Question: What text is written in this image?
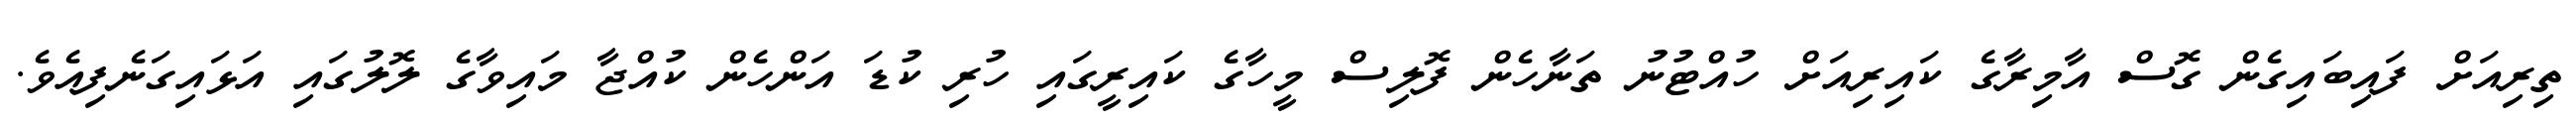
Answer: ތިރިއަށް ފައިބައިގެން ގޮސް އާމިރާގެ ކައިރިއަށް ހުއްޓުނު ތަނާހެން ފޮލިސް މީހާގެ ކައިރީގައި ހުރި ކުޑަ އަންހެން ކުއްޖާ މައިވާގެ ލޮލުގައި އަޅައިގަނެފިއެވެ.